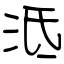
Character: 泜